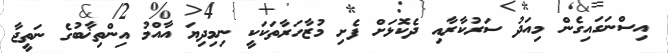
އިސްނަގައިގެން މިއަދު ސަރުކާރާއި ދެކޮޅަށް ފެށި މުޒާހަރާތަކަކީ ނިމިދިޔަ އާއްމު އިންތިޚާބުގެ ނަތީޖާ